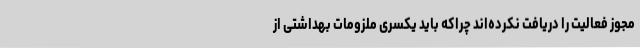
مجوز فعالیت را دریافت نکرده‌اند چراکه باید یکسری ملزومات بهداشتی از